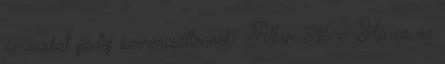
amazokat pedig szerencsétlennek? Állam 516 c „Ha ez az